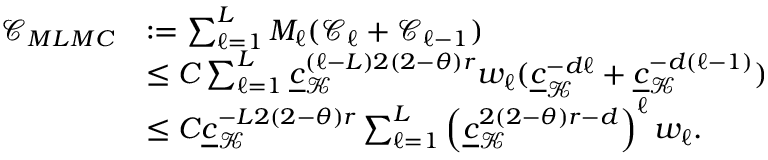
\begin{array} { r l } { \mathcal { C } _ { M L M C } } & { : = \sum _ { \ell = 1 } ^ { L } M _ { \ell } ( \mathcal { C } _ { \ell } + \mathcal { C } _ { \ell - 1 } ) } \\ & { \le C \sum _ { \ell = 1 } ^ { L } \underline { c } _ { \mathcal { K } } ^ { ( \ell - L ) 2 ( 2 - \theta ) r } w _ { \ell } ( \underline { c } _ { \mathcal { K } } ^ { - d \ell } + \underline { c } _ { \mathcal { K } } ^ { - d ( \ell - 1 ) } ) } \\ & { \le C \underline { c } _ { \mathcal { K } } ^ { - L 2 ( 2 - \theta ) r } \sum _ { \ell = 1 } ^ { L } \left( \underline { c } _ { \mathcal { K } } ^ { 2 ( 2 - \theta ) r - d } \right) ^ { \ell } w _ { \ell } . } \end{array}